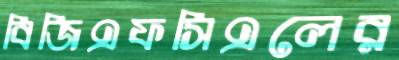
বিজিএফসিএলের